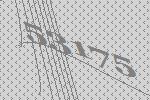
53175